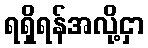
ရရှိရန်အလို့ငှာ